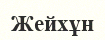
Жейхұн